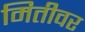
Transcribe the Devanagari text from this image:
मितीवर